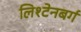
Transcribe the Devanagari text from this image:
लिश्टेनबर्ग